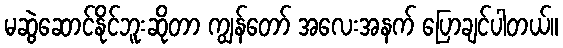
မဆွဲဆောင်နိုင်ဘူးဆိုတာ ကျွန်တော် အလေးအနက် ပြောချင်ပါတယ်။